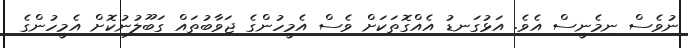
ނުވެސް ނިމެނީސް އެވެ. އަޅުގަނޑު އެއްގޮތަކަށް ވެސް އެމީހުންގެ ޖަވާބުތައް ގަބޫލުނުކޮށް އެމީހުންގެ